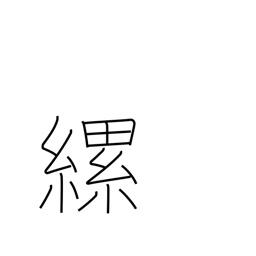
Meaning: tie